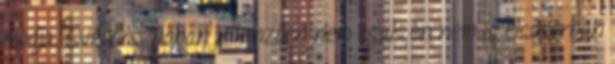
módja. Svédországban jellemzően nem csak én nem is elsősorban